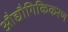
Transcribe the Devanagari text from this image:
औद्यौगिकिकरण